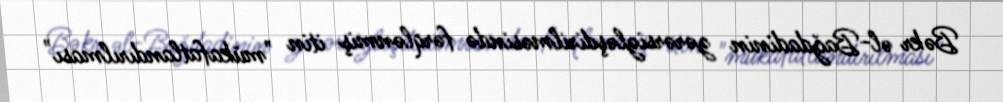
Bəkr əl-Bağdadinin zərərsizləşdirilməsində fərqlənmiş itin "mükafatlandırılması"